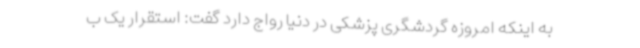
به اینکه امروزه گردشگری پزشکی در دنیا رواج دارد گفت: استقرار یک ب